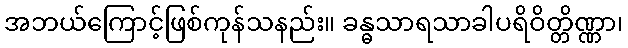
အဘယ်ကြောင့်ဖြစ်ကုန်သနည်း။ ခန္ဓသာရသာခါပရိဝိတ္တိဏ္ဏာ၊